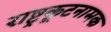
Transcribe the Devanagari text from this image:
राष्ट्रकूटनामक